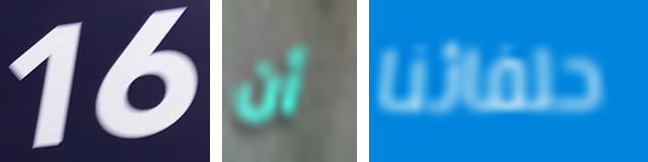
16 أن حلفائنا